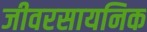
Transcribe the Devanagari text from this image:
जीवरसायनिक